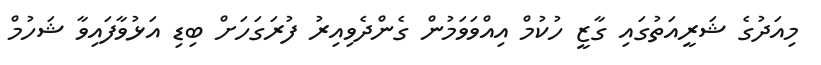
މިއަދުގެ ޝަރީއަތުގައި ގާޒީ ހުކުމް އިއްވަވަމުން ގެންދެވިއިރު ފުރަގަހަށް ބިޑި އަޅުވާފައިވާ ޝަހުމް